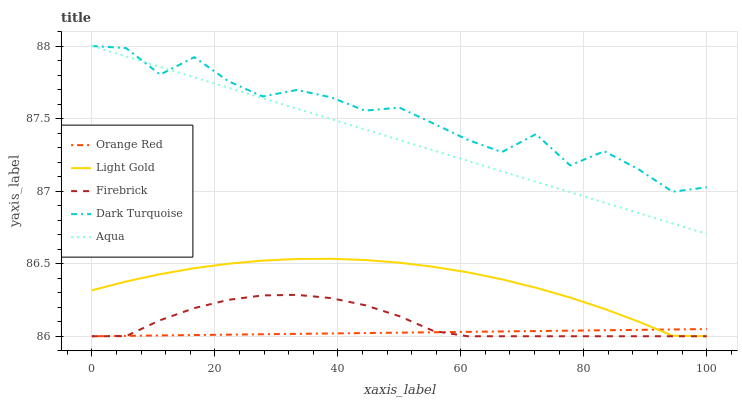
| xaxis_label | Orange Red | Light Gold | Firebrick | Dark Turquoise | Aqua |
 | --- | --- | --- | --- | --- | --- |
 | 0 | 86 | 86.3 | 86 | 88 | 88 |
 | 5.56 | 86 | 86.4 | 86 | 88 | 87.9 |
 | 11.1 | 86 | 86.4 | 86.1 | 87.8 | 87.9 |
 | 16.7 | 86 | 86.5 | 86.2 | 87.9 | 87.8 |
 | 22.2 | 86 | 86.5 | 86.3 | 87.8 | 87.7 |
 | 27.8 | 86 | 86.5 | 86.3 | 87.7 | 87.6 |
 | 33.3 | 86 | 86.5 | 86.3 | 87.7 | 87.6 |
 | 38.9 | 86 | 86.5 | 86.3 | 87.6 | 87.5 |
 | 44.4 | 86 | 86.5 | 86.2 | 87.6 | 87.4 |
 | 50 | 86 | 86.5 | 86.1 | 87.6 | 87.4 |
 | 55.6 | 86 | 86.5 | 86 | 87.5 | 87.3 |
 | 61.1 | 86 | 86.4 | 86 | 87.4 | 87.2 |
 | 66.7 | 86 | 86.4 | 86 | 87.3 | 87.1 |
 | 72.2 | 86 | 86.3 | 86 | 87.4 | 87.1 |
 | 77.8 | 86 | 86.3 | 86 | 87.2 | 87 |
 | 83.3 | 86 | 86.2 | 86 | 87.3 | 86.9 |
 | 88.9 | 86 | 86.1 | 86 | 87.2 | 86.8 |
 | 94.4 | 86 | 86 | 86 | 87 | 86.8 |
 | 100 | 86 | 86 | 86 | 87 | 86.7 |